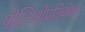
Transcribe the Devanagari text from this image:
पोलिओप्रतिबंधक